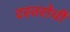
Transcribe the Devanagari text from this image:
दस्तरोधी